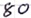
Text: 80